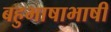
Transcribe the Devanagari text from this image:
बहुभाषाभाषी